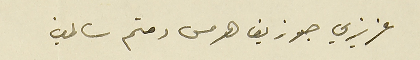
عزيزي جوزيف هرمس دمتم سالمين